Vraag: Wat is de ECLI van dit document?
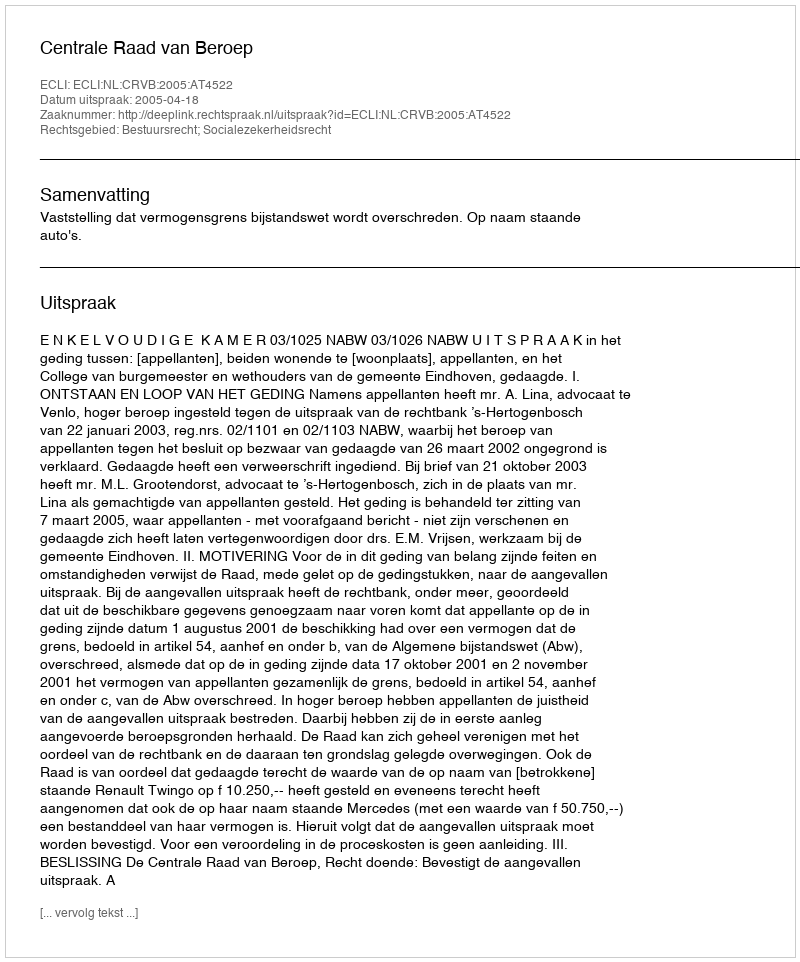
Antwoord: ECLI:NL:CRVB:2005:AT4522